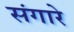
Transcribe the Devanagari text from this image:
संगारे